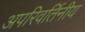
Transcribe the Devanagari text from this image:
अपरिवर्तिनीय